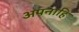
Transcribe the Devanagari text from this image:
अपनाहि